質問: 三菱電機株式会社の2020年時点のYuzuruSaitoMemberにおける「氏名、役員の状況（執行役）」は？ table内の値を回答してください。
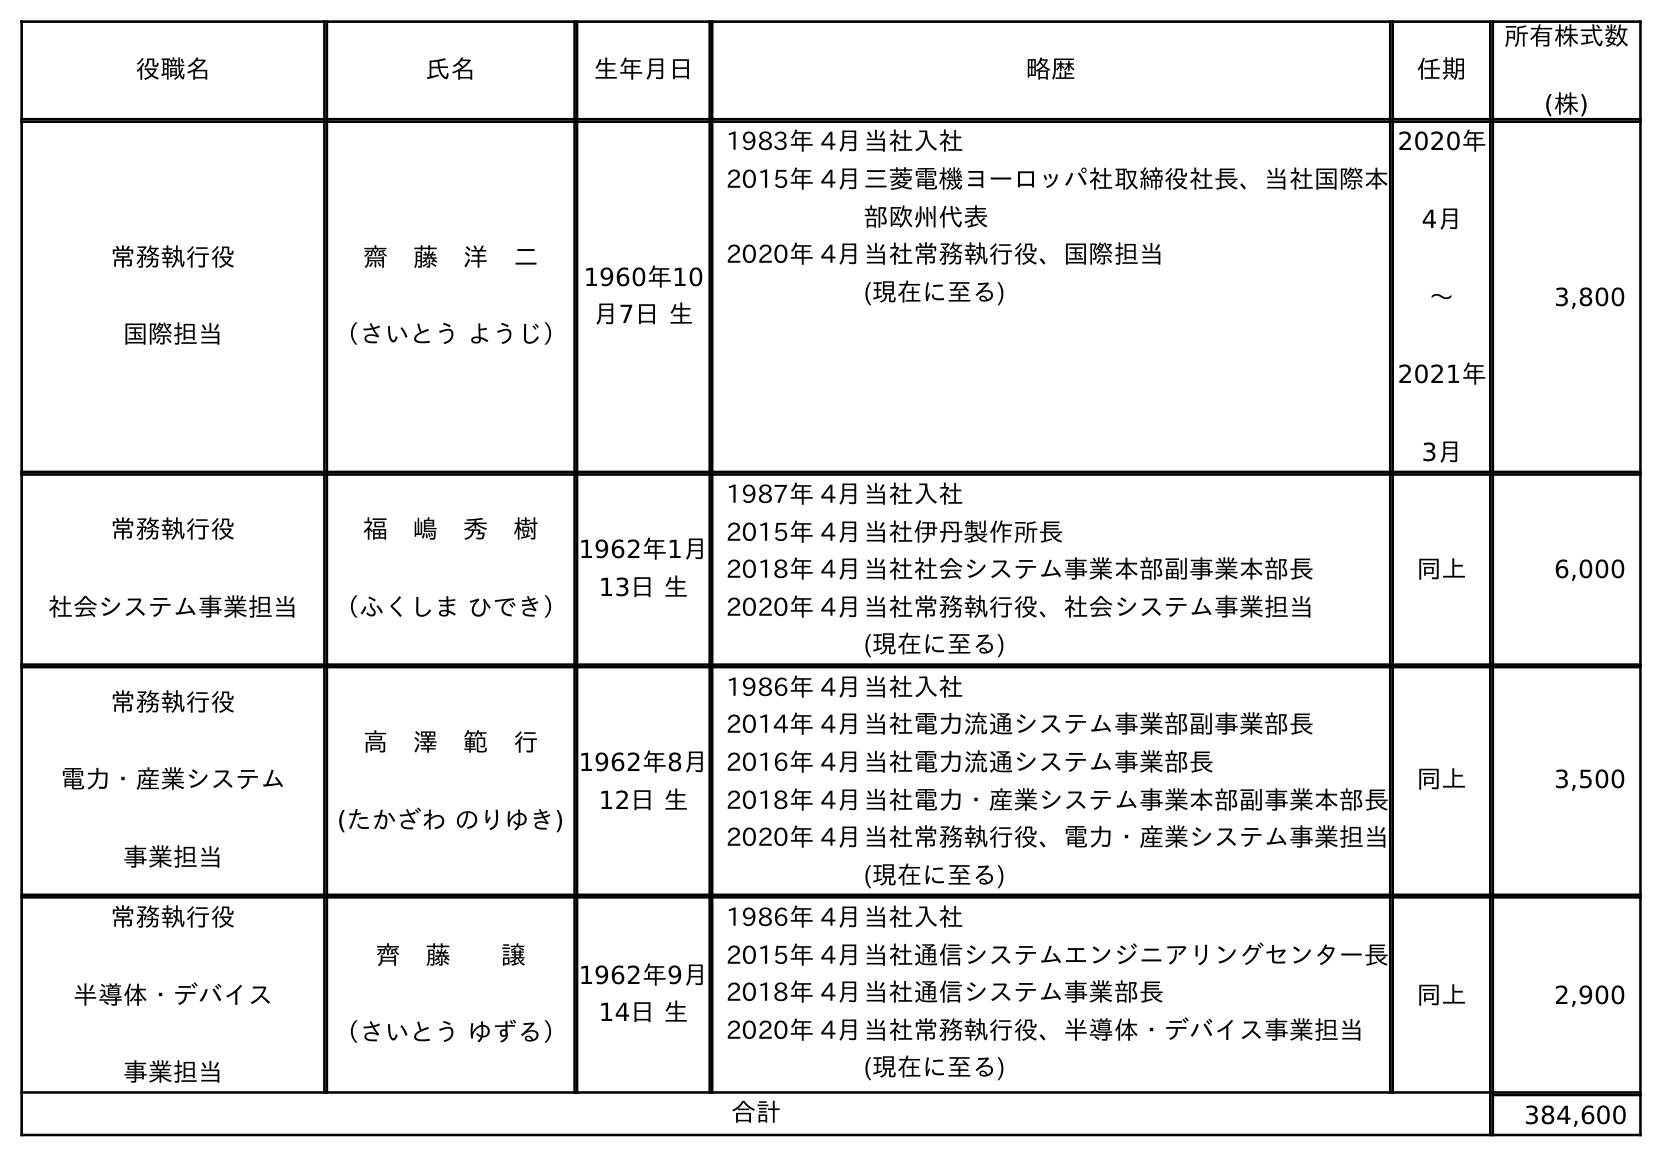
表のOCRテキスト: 役職名 氏名 生年月日 略歴 任期 所有株式数 (株) 常務執行役 国際担当 齋 藤 洋 二 （さいとう ようじ） 1960年10 月7日 生 1983年 4月当社入社 2015年 4月三菱電機ヨーロッパ社取締役社長、当社国際本 部欧州代表 2020年 4月当社常務執行役、国際担当 (現在に至る) 2020年 4月 〜 2021年 3月 3,800 常務執行役 社会システム事業担当 福 嶋 秀 樹 （ふくしま ひでき） 1962年1月 13日 生 1987年 4月当社入社 2015年 4月当社伊丹製作所長 2018年 4月当社社会システム事業本部副事業本部長 2020年 4月当社常務執行役、社会システム事業担当 (現在に至る) 同上 6,000 常務執行役 電力・産業システム 事業担当 高 澤 範 行 (たかざわ のりゆき) 1962年8月 12日 生 1986年 4月当社入社 2014年 4月当社電力流通システム事業部副事業部長 2016年 4月当社電力流通システム事業部長 2018年 4月当社電力・産業システム事業本部副事業本部長 2020年 4月当社常務執行役、電力・産業システム事業担当 (現在に至る) 同上 3,500 常務執行役 半導体・デバイス 事業担当 齊 藤  譲 （さいとう ゆずる） 1962年9月 14日 生 1986年 4月当社入社 2015年 4月当社通信システムエンジニアリングセンター長 2018年 4月当社通信システム事業部長 2020年 4月当社常務執行役、半導体・デバイス事業担当 (現在に至る) 同上 2,900 合計 384,600
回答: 齊　藤譲（さいとう ゆずる）